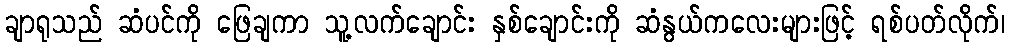
ချာရုသည် ဆံပင်ကို ဖြေချကာ သူ့လက်ချောင်း နှစ်ချောင်းကို ဆံနွယ်ကလေးများဖြင့် ရစ်ပတ်လိုက်၊